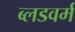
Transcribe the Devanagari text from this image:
ब्लडवर्म